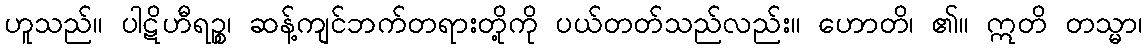
ဟူသည်။ ပါဋိဟီရဉ္စ၊ ဆန့်ကျင်ဘက်တရားတို့ကို ပယ်တတ်သည်လည်း။ ဟောတိ၊ ၏။ ဣတိ တသ္မာ၊